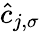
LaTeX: \hat{c}_{j,\sigma}